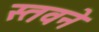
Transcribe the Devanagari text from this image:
स्तवने